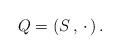
LaTeX: \begin{align*}Q=(S\,,\,\cdot\,)\,.\end{align*}